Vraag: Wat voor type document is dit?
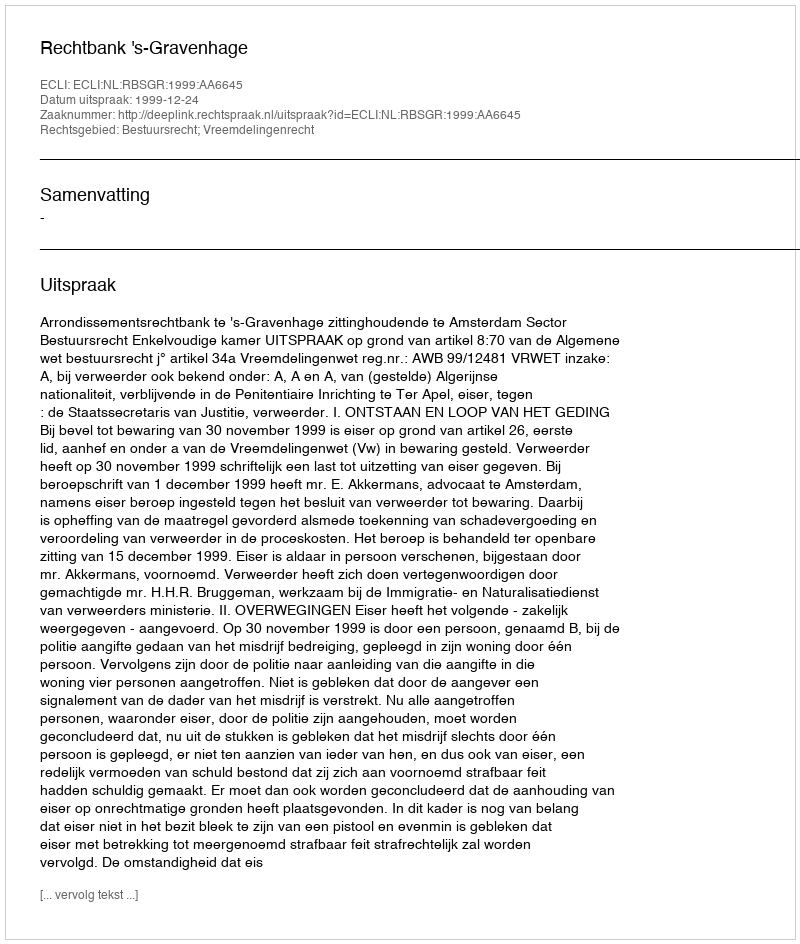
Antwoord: Uitspraak